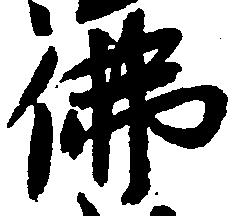
仏